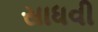
સાધવી